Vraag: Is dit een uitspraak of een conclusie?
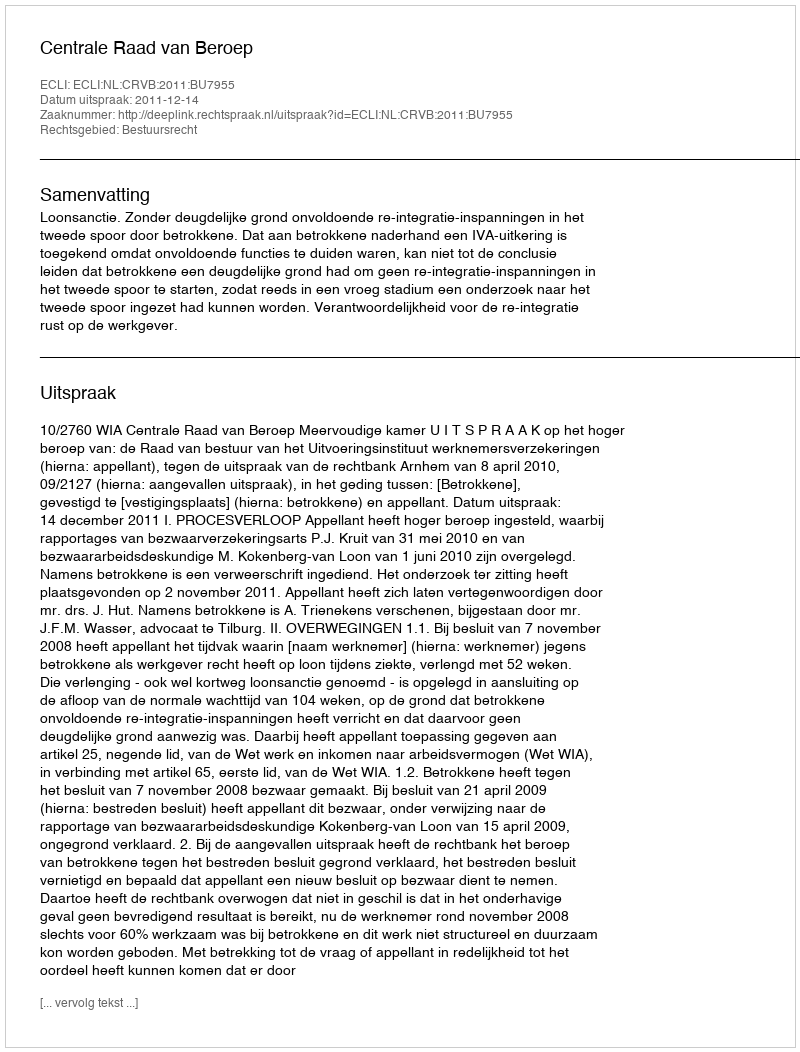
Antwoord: Uitspraak